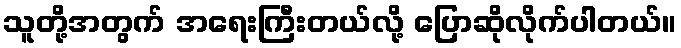
သူတို့အတွက် အရေးကြီးတယ်လို့ ပြောဆိုလိုက်ပါတယ်။